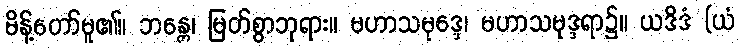
မိန့်တော်မူ၏။ ဘန္တေ၊ မြတ်စွာဘုရား။ မဟာသမုဒ္ဒေ၊ မဟာသမုဒ္ဒရာ၌။ ယဒိဒံ (ယံ